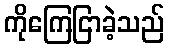
ကိုကြေငြာခဲ့သည်